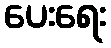
ပေးရေး